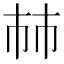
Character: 𢂏